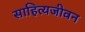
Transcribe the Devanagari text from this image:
साहित्यजीवन